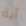
آية